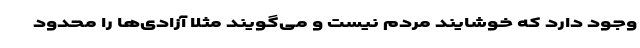
وجود دارد که خوشایند مردم نیست و می‌گویند مثلاً آزادی‌ها را محدود